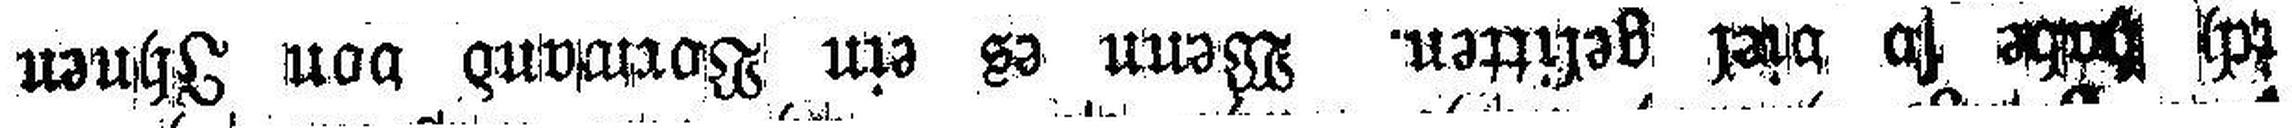
ich habe so viel gelitten. Wenn es ein Vorwand von Ihnen